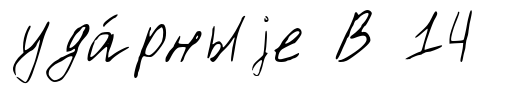
уда́рныjе В 14